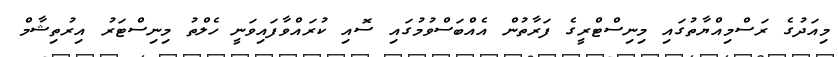
މިއަދުގެ ރަސްމިއްޔާތުގައި މިނިސްޓްރީގެ ފަރާތުން އެއްބަސްވުމުގައި ސޮއި ކުރައްވާފައިވަނީ ހެލްތު މިނިސްޓަރު އިރުތިޝާމް